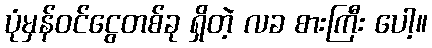
ပုံမှန်ဝင်ငွေတစ်ခု ရှိတဲ့ လခ စားကြီး ပေါ့။